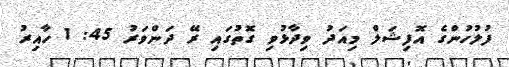
ފުލުހުންގެ އޮފިޝަލް މިއަދު ވިދާޅުވި ގޮތުގައި ރޭ ދަންވަރު 45: 1 ހާއިރު